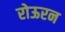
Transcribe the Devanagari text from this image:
रोऊरन